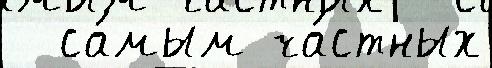
  са́мым ча́стных